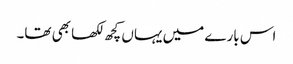
اس بارے میں یہاں کچھ لکھا بھی تھا۔